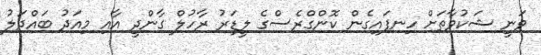
ވަނީ ޝަކުވާތަށް ހިނފައިގެން ކޮންގްރެސްގެ ލީޑަރު ރާހުލް ގާންދީ އާއި މިއަދު ބައްދަލު